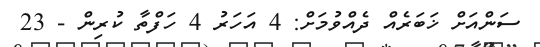
ސަންއަށް ޚަބަރެއް ދެއްވުމަށް: 4 އަހަރު 4 ހަފްތާ ކުރިން - 23